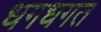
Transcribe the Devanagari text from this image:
धगधगत